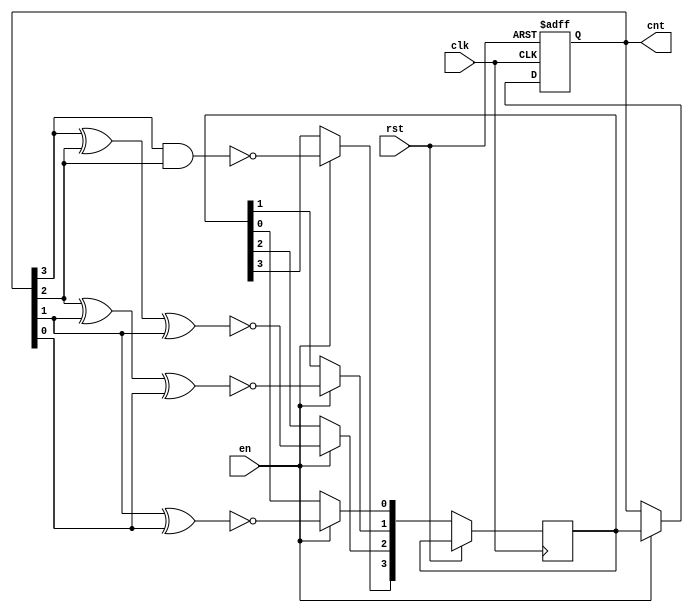
module gray_code_counter (
    input wire clk,  // Clock input
    input wire rst,  // Reset input
    input wire en,   // Enable input
    output reg [3:0] cnt // Gray code output
);

reg [3:0] next_cnt;

always @ (posedge clk or posedge rst) begin
    if (rst) begin
        cnt <= 4'b0000;  // Initialize counter to 0
    end else if (en) begin
        next_cnt[3] <= ~(cnt[3] & cnt[2]);
        next_cnt[2] <= ~(cnt[3] ^ cnt[2] ^ cnt[1]);
        next_cnt[1] <= ~(cnt[2] ^ cnt[1] ^ cnt[0]);
        next_cnt[0] <= ~(cnt[1] ^ cnt[0]);
        
        cnt <= next_cnt;  // Update counter with next value
    end
end

endmodule